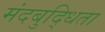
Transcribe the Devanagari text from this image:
मंदबुद्धिता